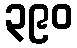
၃၉၀